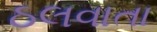
ઠલવાતા